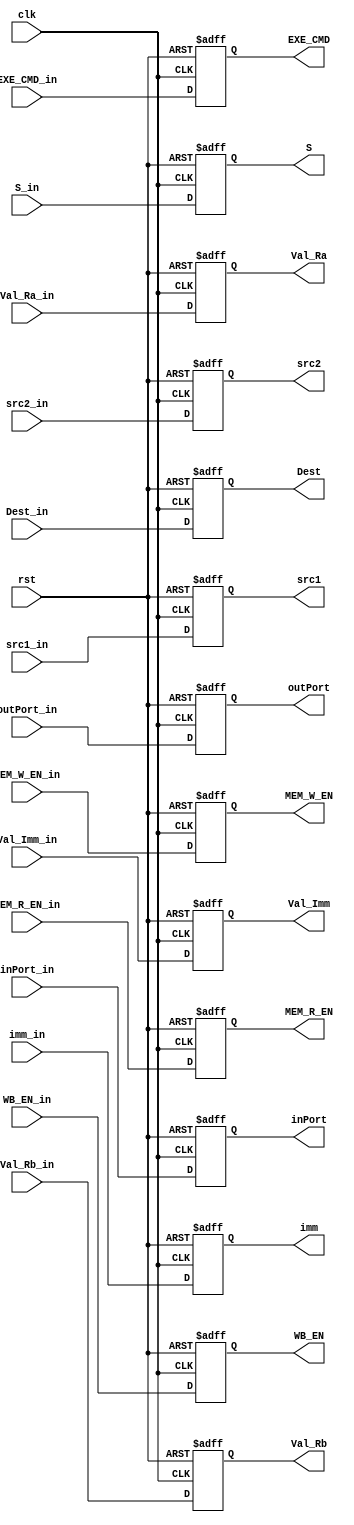
module ID_Stage_Reg (
	input clk,rst,
	input WB_EN_in, MEM_R_EN_in, MEM_W_EN_in,S_in,inPort_in, outPort_in,
	input[3:0] EXE_CMD_in,
	input[7:0] Val_Ra_in, Val_Rb_in,
	input imm_in,
	input[7:0] Val_Imm_in,
	input[1:0] Dest_in,
	input[1:0] src1_in,src2_in,
	//to next stage
	output reg WB_EN, MEM_R_EN, MEM_W_EN,S,inPort, outPort,
	output reg[3:0] EXE_CMD,
	output reg[7:0] Val_Ra, Val_Rb,
	output reg imm,
	output reg[7:0] Val_Imm,
	output reg[1:0] Dest,
	output reg[1:0] src1,src2
	);

	always@(posedge clk,posedge rst)begin
		if (rst) begin
			WB_EN = 0;
			MEM_R_EN = 0;
			MEM_W_EN = 0;
			S = 0;
			EXE_CMD = 0;
			Val_Ra = 0;
			Val_Rb = 0;
			imm = 0;
			Val_Imm = 0;
			Dest = 0;
			src1 = 0;
			src2 = 0;
			inPort = 0;
			outPort = 0;
		end
		else begin
			WB_EN 		= WB_EN_in ;
			MEM_R_EN 	= MEM_R_EN_in;
			MEM_W_EN 	= MEM_W_EN_in;
			S 			= S_in ;
			EXE_CMD 	= EXE_CMD_in ;
			Val_Ra 		= Val_Ra_in 	;
			Val_Rb 		= Val_Rb_in 	;
			imm 		= imm_in 		;
			Val_Imm 	= Val_Imm_in ;
			Dest 		= Dest_in 		;
			src1 		= src1_in 		;
			src2 		= src2_in 		;
			inPort = inPort_in; 
			outPort = outPort_in;
		end
	end

endmodule